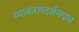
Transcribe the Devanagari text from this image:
व्याकरणदर्शनग्रंथ